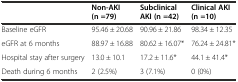
<table><thead><tr><td></td><td><b>Non-AKI (n =79)</b></td><td><b>Subclinical AKI (n =42)</b></td><td><b>Clinical AKI (n =10)</b></td></tr></thead><tbody><tr><td>Baseline eGFR</td><td>95.46 ± 20.68</td><td>90.96 ± 21.86</td><td>98.34 ± 12.35</td></tr><tr><td>eGFR at 6 months</td><td>88.97 ± 16.88</td><td>80.62 ± 16.07*</td><td>76.24 ± 24.81*</td></tr><tr><td>Hospital stay after surgery</td><td>13.0 ± 10.1</td><td>17.2 ± 11.6*</td><td>44.1 ± 41.4*</td></tr><tr><td>Death during 6 months</td><td>2 (2.5%)</td><td>3 (7.1%)</td><td>0 (0%)</td></tr></tbody></table>